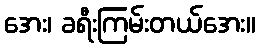
အေး၊ ခရီးကြမ်းတယ်အေး။